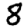
Digit: 8